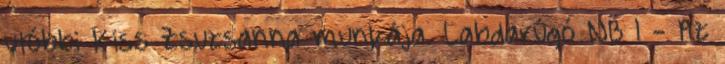
utóbbi Kiss Zsuzsanna munkája. Labdarúgó NB I - Az